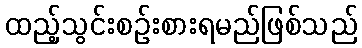
ထည့်သွင်းစဉ်းစားရမည်ဖြစ်သည်